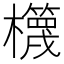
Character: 𣠉